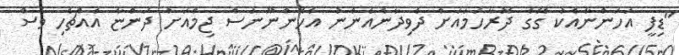
"ޑިފީ އަހަންނާއެކު ގޭގެ ދޮރާހަމައަށް ދެވިދާނެއެންނު އެހެންނޫނަސް ޖިމްއަށް ދަންޏާ އެއްޗެހި ވެސް